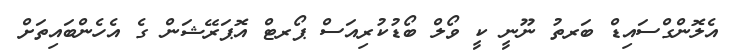
އެލޮންގްސައިޑް ބަރތު ނޫނީ ކީ ވޯލް ބޯޑުކުރިއަސް ޕޯރޓް އޮޕަރޭޝަން ގެ އެހެންބައިތަށް